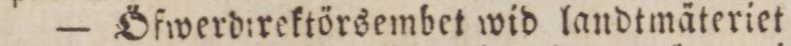
— Öfwerdirektörsembet wid landtmäteriet